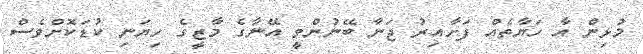
މުޅިން އާ ހަޔާތެއް ފަށާއިރު ޖަނާ ބޭނުންވީ އޭނާގެ މާޒީގެ ހިޔަނި ކުޑަކޮށްވެސް